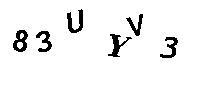
83UYV3